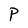
Character: P